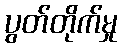
ပွတ်တိုက်မှု